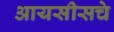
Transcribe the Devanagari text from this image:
आयसीसचे